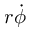
r \Dot { \phi }